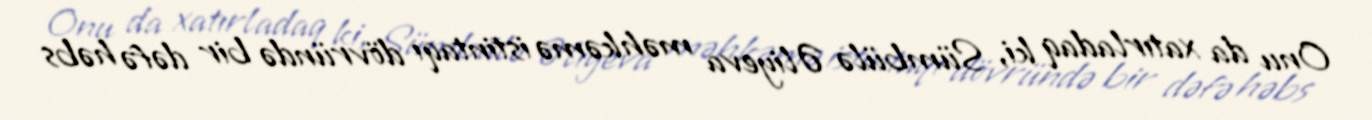
Onu da xatırladaq ki, Sümbülə Əliyeva məhkəmə istintaqı dövründə bir dəfə həbs